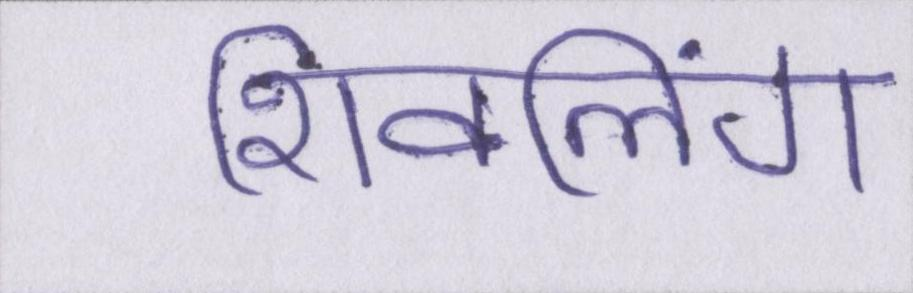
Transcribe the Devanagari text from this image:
शिवलिंग